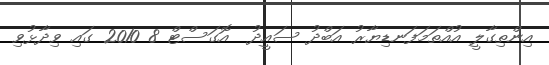
އިންތިގާލީ އުއްތަމަފަނޑިޔާރު އަބްދު ސައީދު  އޮގަސްޓް 8 2010 ގައި ވިދާޅުވި